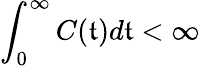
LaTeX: \int_{0}^{\infty}C(\mathfrak{t})d\mathfrak{t}<\infty